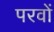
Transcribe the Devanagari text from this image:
परवों